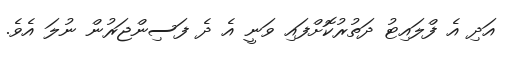
އަދި އެ ފްލައިޓު ދަތުރުކޮށްފައި ވަނީ އެ ދެ ފަސިންޖަރުން ނުލަ އެވެ.